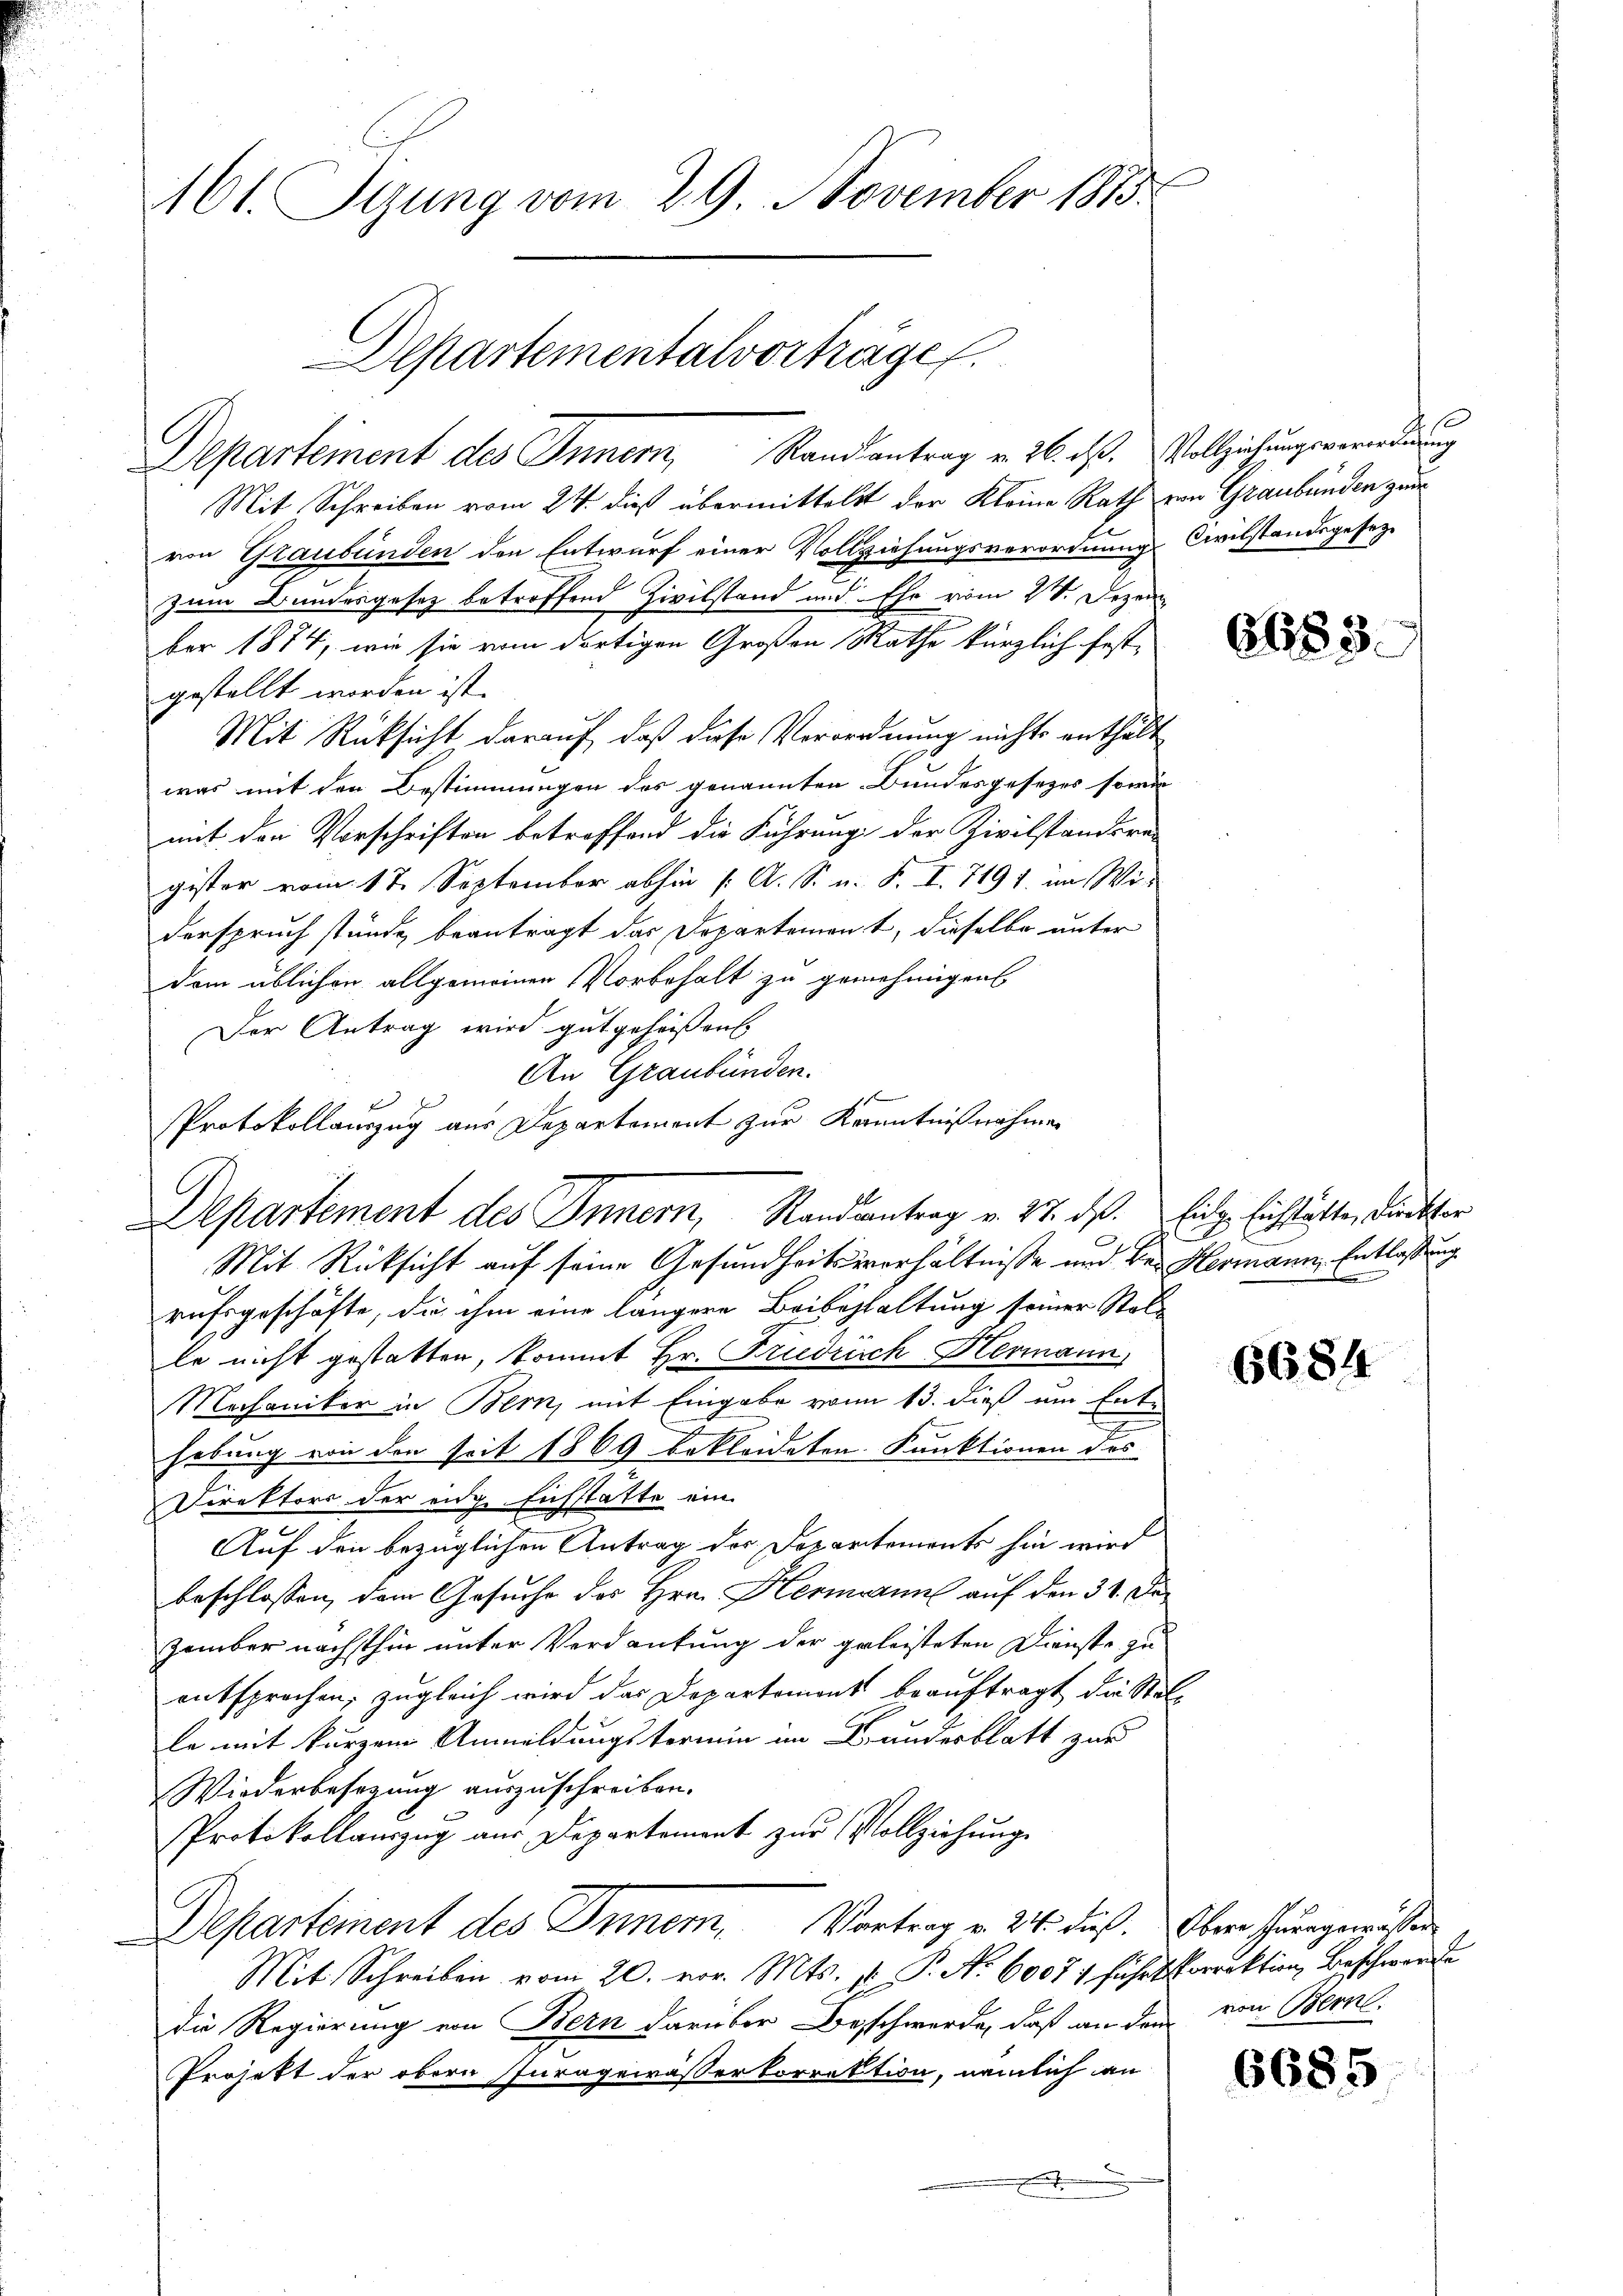
161. Pyung vom 29. November 1873.
Departementalvorträge.

Departement des Innern, Randantrag v. 26. ds. Vollziehungsverordnung
Mit Schreiben vom 24. dieß übermittelst der Kleine Rath von Graubünden zur
von Graubünden den Entwurf einer Vollziehungsverordnung Civilstandsgesetz-
zum Bundesgesetz betroffend Zivilstand und Ehe vom 2. Dezem
ber 1874, wie sie vom dortigen Großen Rathe kürzlich festgestellt worden ist.
Mit Rüksicht darauf, daß diese Verordnung nichts enthält
was mit den Bestimmungen des genannten Bundesgesetzes sowie
mit den Vorschriften betroffend die Führung der Zivilstandsre-
gister vom 17. September abhin (: A. S. n. F. I. 7191. im Wi-
derspruch stände beantragt das Departement, dieselbe unter
dem üblichen allgemeinen Vorbehalt zu genehmigen
Der Antrag wird gutgeheißen
An Graubünden.
J
Protokollauszug aus Departement zur Kenntnißnahmen
Mit Rücksicht auf seine Gesundheitsverhältnisse und Be- Hermann, Entlassung
rufsgeschäfte, die ihm eine längere Beibehaltung seiner Stalle nicht gestatten, kommt Hr. Friedrich Hermann,
Mechaniker in Bern, mit Eingabe von 13. dieß um Enthebung von den seit 1869 bekleideten Funktionen des
Direktors der eiden Eichstätte ein
Auf den bezüglichen Antrag der Departements hin wird
beschlossen, dem Gesuche des Hrn. Hermann auf den 31. Der
zember nächsthin unter Verdankung der geleisteten Dienste zu
entsprochen, zugleich wird das Departement beauftragt die Stel-
le mit kurzem Anmeldungstermin im Bundesblatt zur
Wiederbesetzung auszuschreiben.
Protokollauszug aus Departement zur Vollziehung
Departement des Innem. Vortrag v. 24. Fuß. Obern Ihrengewissen
Mit Schreiben vom 20. vor. Mts. pr. P. Nr. 60071 führt korrektion, Beschwerde
die Regierung von Bern darüber Beschwerde, daß an den von Bern.
Projekt der obern Juragewässerkorrektion, nämlich an

Departement des Innern, Randantrag v. 27. ds. Einze Eichstätte, denkter

6683.

f

6684

6685